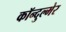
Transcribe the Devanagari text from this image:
कॉन्दुल्मेर